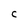
Character: C